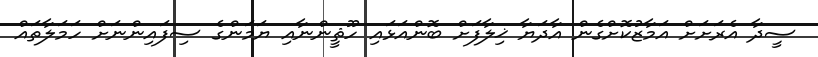
ސީދާ އެރަށަށް އަމާޒުކޮށްގެން އާދަޔާ ޚިލާފަށް ބޮންއަޅައި ހޫޘީންނާއި ޔަމަންގެ ސިފައިންނަށް ހަމަލާތައް